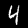
Digit: 4